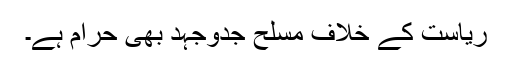
ریاست کے خلاف مسلح جدوجہد بھی حرام ہے۔